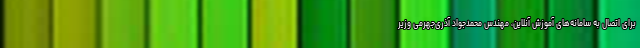
برای اتصال به سامانه‌های آموزش آنلاین، مهندس محمدجواد آذری‌جهرمی وزیر